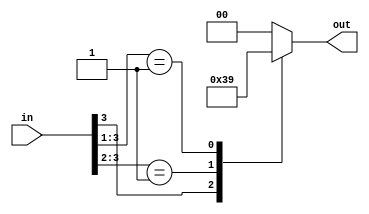


module pEncoder4to2
(
	input [3:0]in,
	output reg [1:0]out
);

always@(*)
	begin 
		casex(in)
			4'b1xxx:out <= 2'b11; 
			4'b01xx:out <= 2'b10;
			4'b001x:out <= 2'b01;
			4'b0001:out <= 2'b00;
			default: out <= 2'b00;
		endcase
	end
endmodule